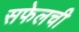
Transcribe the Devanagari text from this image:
सफेलची